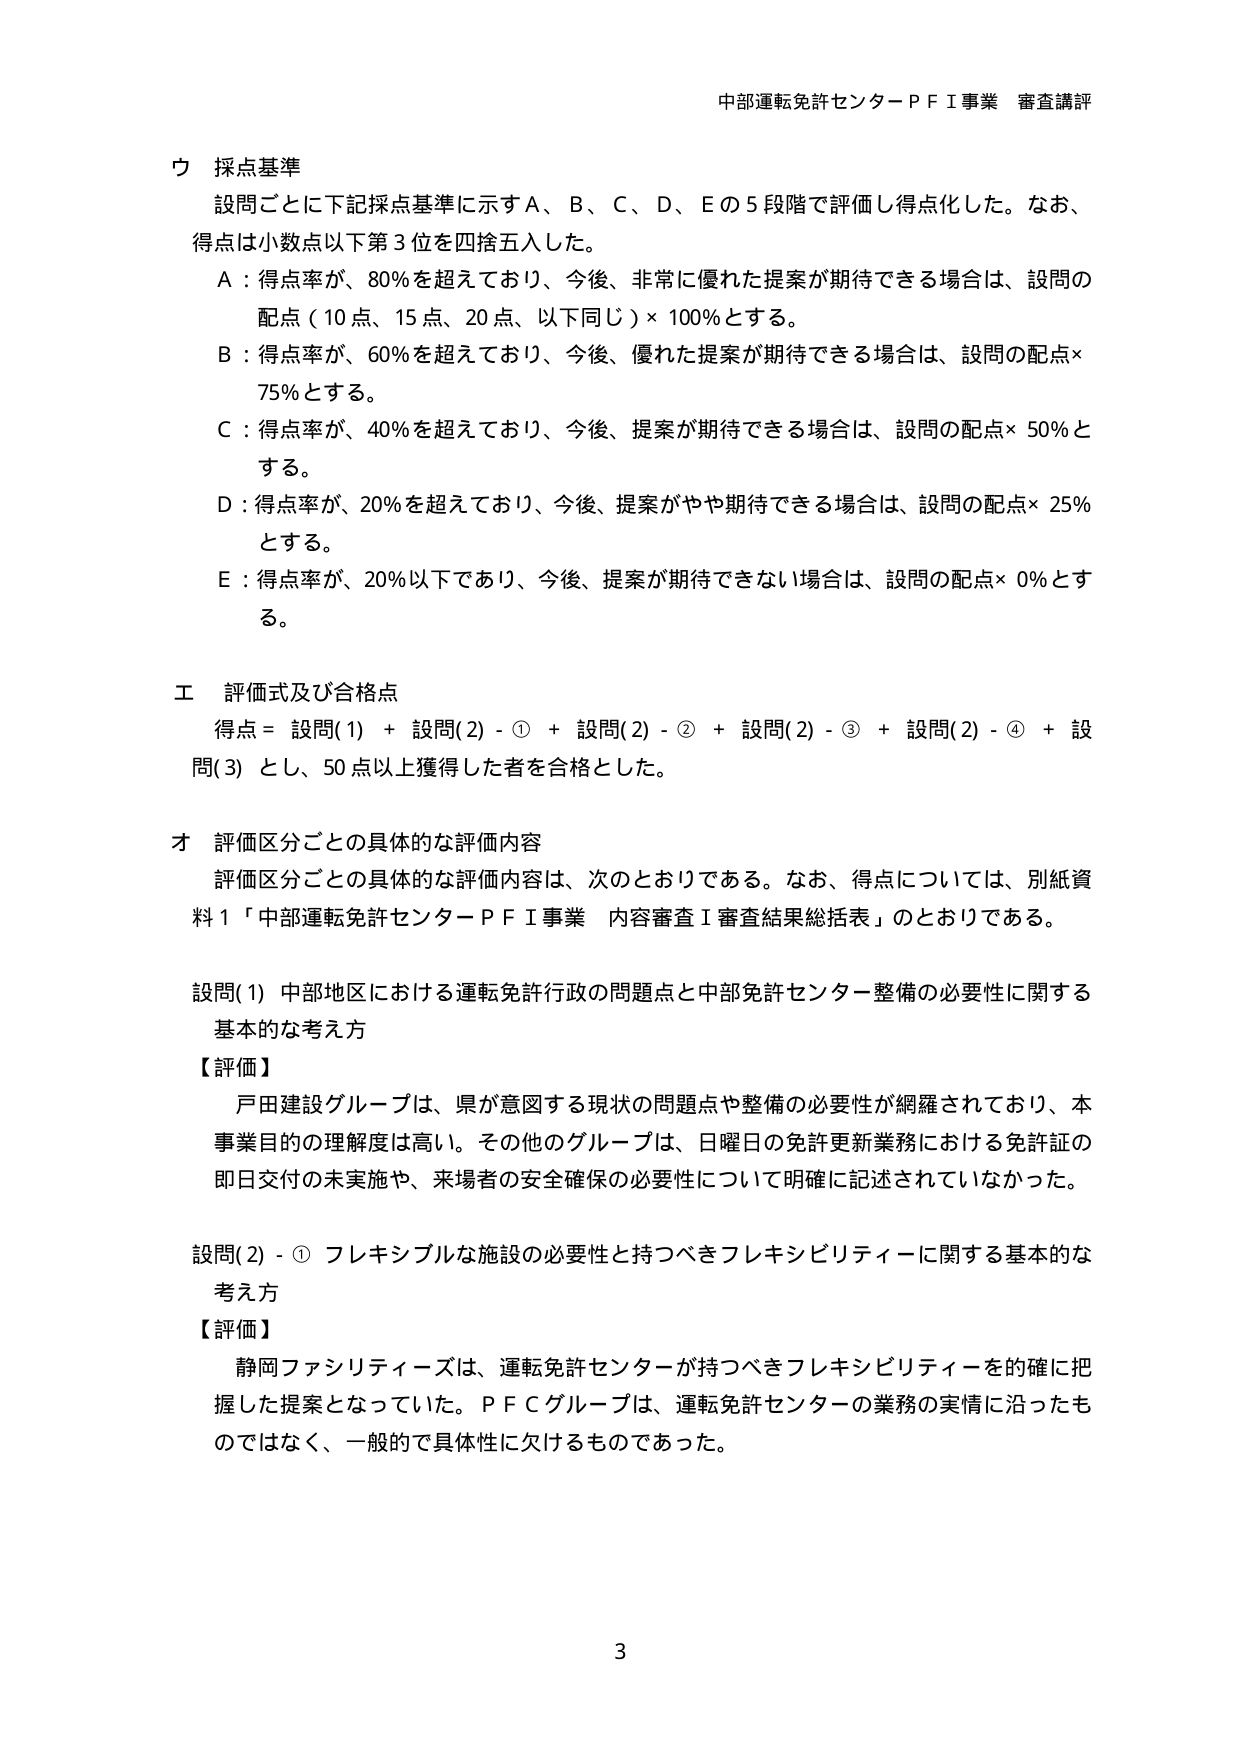
中部運転免許センターＰＦＩ事業 審査講評

ウ 採点基準
設問ごとに下記採点基準に示すＡ、Ｂ、Ｃ、Ｄ、Ｅの５段階で評価し得点化した。なお、
得点は小数点以下第３位を四捨五入した。
Ａ：得点率が、80％を超えており、今後、非常に優れた提案が期待できる場合は、設問の
配点（10点、15点、20点、以下同じ）×100％とする。
Ｂ：得点率が、60％を超えており、今後、優れた提案が期待できる場合は、設問の配点×
75％とする。
Ｃ：得点率が、40％を超えており、今後、提案が期待できる場合は、設問の配点×50％と
する。
Ｄ：得点率が、20％を超えており、今後、提案がやや期待できる場合は、設問の配点×25％
とする。
Ｅ：得点率が、20％以下であり、今後、提案が期待できない場合は、設問の配点×0％とす
る。

エ 評価式及び合格点
得点＝ 設問(1) ＋ 設問(2)-① ＋ 設問(2)-② ＋ 設問(2)-③ ＋ 設問(2)-④ ＋ 設
問(3) とし、50点以上獲得した者を合格とした。

オ 評価区分ごとの具体的な評価内容
評価区分ごとの具体的な評価内容は、次のとおりである。なお、得点については、別紙資
料１「中部運転免許センターＰＦＩ事業 内容審査Ⅰ審査結果総括表」のとおりである。

設問(1) 中部地区における運転免許行政の問題点と中部免許センター整備の必要性に関する
基本的な考え方
【評価】
戸田建設グループは、県が意図する現状の問題点や整備の必要性が網羅されており、本
事業目的の理解度は高い。その他のグループは、日曜日の免許更新業務における免許証の
即日交付の未実施や、来場者の安全確保の必要性について明確に記述されていなかった。

設問(2)-① フレキシブルな施設の必要性と持つべきフレキシビリティーに関する基本的な
考え方
【評価】
静岡ファシリティーズは、運転免許センターが持つべきフレキシビリティーを的確に把
握した提案となっていた。ＰＦＣグループは、運転免許センターの業務の実情に沿ったも
のではなく、一般的で具体性に欠けるものであった。

3